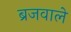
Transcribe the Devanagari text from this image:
ब्रजवाले